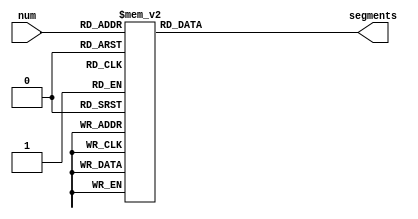
module Decoder7seg(input [3:0] num, output reg [6:0] segments);
always @(num)
begin
	case(num)
		0:
		segments = 7'b1000000;
		1:
		segments = 7'h79;
		2:
		segments = 7'h24;
		3:
		segments = 7'h30;
		4:
		segments = 7'h19;
		5:
		segments = 7'h12;
		6:
		segments = 7'h02;
		7:
		segments = 7'h78;
		8:
		segments = 7'h00;
		9:
		segments = 7'h18;
		default:
		segments = 7'b0111111;
	endcase
end
endmodule